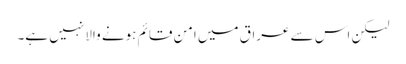
لیکن اس سے عراق میں امن قائم ہونے والا نہیں ہے۔